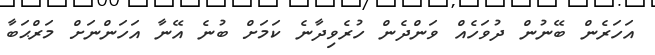
އަހަރެން ބޭނުން ދުވަހެއް ވަންދެން ހުރެވިދާނެ ކަމަށް ބުނެ އޭނާ އަހަންނަށް މަރްޙަބާ